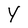
Character: Y